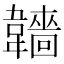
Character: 𩏫